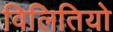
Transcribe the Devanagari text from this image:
विलितियो